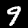
Label: 9